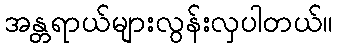
အန္တရာယ်များလွန်းလှပါတယ်။